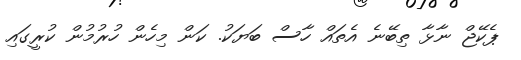
ޕެކޭޖް ނާޅާ ތިބޭނެ އެތައް ހާސް ބަޔަކު. ކަން މިހެން ހުރުމުން ކުރީގައި